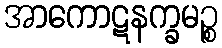
အာကောဋနက္ခမဉ္စ